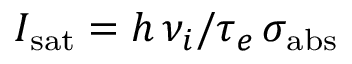
I _ { \mathrm { s a t } } = h \, \nu _ { i } / \tau _ { e } \, \sigma _ { \mathrm { a b s } }